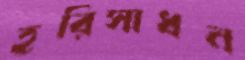
হরিসাধন